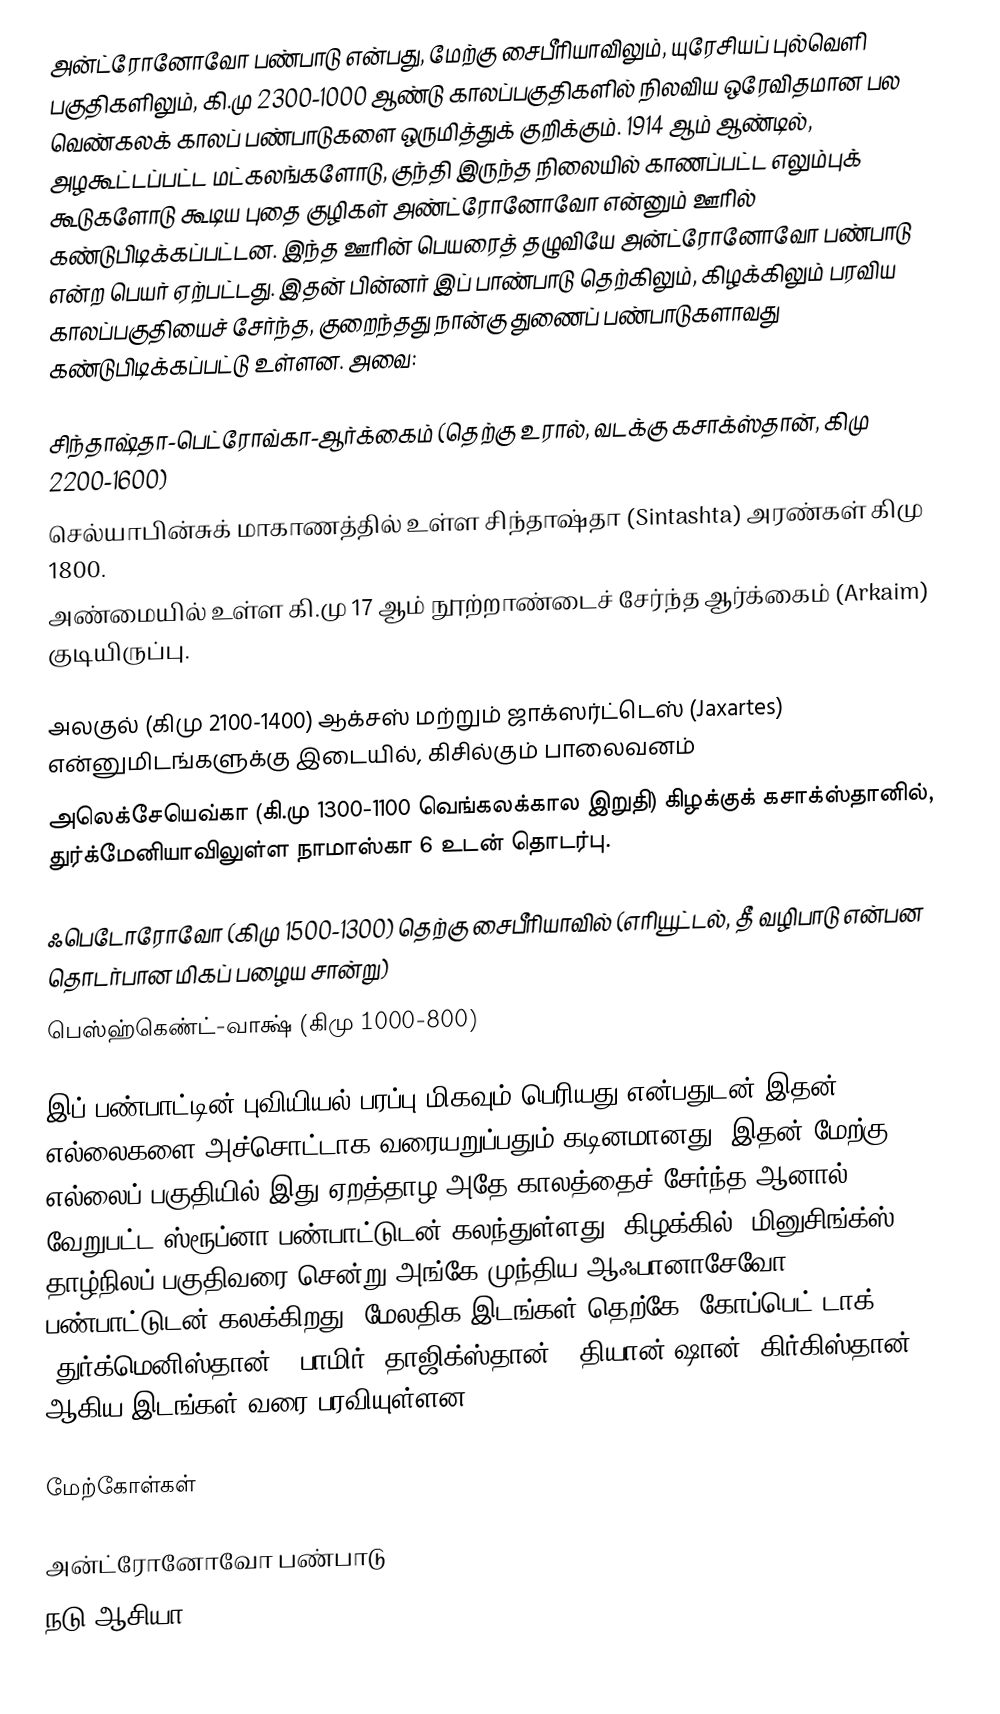
அன்ட்ரோனோவோ பண்பாடு என்பது, மேற்கு சைபீரியாவிலும், யுரேசியப் புல்வெளி பகுதிகளிலும், கி.மு 2300-1000 ஆண்டு காலப்பகுதிகளில் நிலவிய ஒரேவிதமான பல வெண்கலக் காலப் பண்பாடுகளை ஒருமித்துக் குறிக்கும். 1914 ஆம் ஆண்டில், அழகூட்டப்பட்ட மட்கலங்களோடு, குந்தி இருந்த நிலையில் காணப்பட்ட எலும்புக் கூடுகளோடு கூடிய புதை குழிகள் அண்ட்ரோனோவோ  என்னும் ஊரில் கண்டுபிடிக்கப்பட்டன. இந்த ஊரின் பெயரைத் தழுவியே அன்ட்ரோனோவோ பண்பாடு என்ற பெயர் ஏற்பட்டது.  இதன் பின்னர் இப் பாண்பாடு தெற்கிலும், கிழக்கிலும் பரவிய காலப்பகுதியைச் சேர்ந்த, குறைந்தது நான்கு துணைப் பண்பாடுகளாவது கண்டுபிடிக்கப்பட்டு உள்ளன. அவை:

 சிந்தாஷ்தா-பெட்ரோவ்கா-ஆர்க்கைம் (தெற்கு உரால், வடக்கு கசாக்ஸ்தான், கிமு 2200-1600)
 செல்யாபின்சுக் மாகாணத்தில் உள்ள சிந்தாஷ்தா (Sintashta) அரண்கள் கிமு 1800.
 அண்மையில் உள்ள கி.மு 17 ஆம் நூற்றாண்டைச் சேர்ந்த ஆர்க்கைம் (Arkaim) குடியிருப்பு.

 அலகுல் (கிமு 2100-1400) ஆக்சஸ் மற்றும் ஜாக்ஸர்ட்டெஸ் (Jaxartes) என்னுமிடங்களுக்கு இடையில், கிசில்கும் பாலைவனம்
 அலெக்சேயெவ்கா (கி.மு 1300-1100 வெங்கலக்கால இறுதி) கிழக்குக் கசாக்ஸ்தானில், துர்க்மேனியாவிலுள்ள நாமாஸ்கா 6 உடன் தொடர்பு.

 ஃபெடோரோவோ (கிமு 1500-1300) தெற்கு சைபீரியாவில் (எரியூட்டல், தீ வழிபாடு என்பன தொடர்பான மிகப் பழைய சான்று)
 பெஸ்ஹ்கெண்ட்-வாக்ஷ் (கிமு 1000-800)

இப் பண்பாட்டின் புவியியல் பரப்பு மிகவும் பெரியது என்பதுடன் இதன் எல்லைகளை அச்சொட்டாக வரையறுப்பதும் கடினமானது. இதன் மேற்கு எல்லைப் பகுதியில் இது ஏறத்தாழ அதே காலத்தைச் சேர்ந்த ஆனால் வேறுபட்ட ஸ்ரூப்னா பண்பாட்டுடன் கலந்துள்ளது. கிழக்கில், மினுசிங்க்ஸ் தாழ்நிலப் பகுதிவரை சென்று அங்கே முந்திய ஆஃபானாசேவோ பண்பாட்டுடன் கலக்கிறது. மேலதிக இடங்கள் தெற்கே, கோப்பெட் டாக் (துர்க்மெனிஸ்தான்), பாமிர் (தாஜிக்ஸ்தான்), தியான் ஷான் (கிர்கிஸ்தான்) ஆகிய இடங்கள் வரை பரவியுள்ளன.

மேற்கோள்கள்

அன்ட்ரோனோவோ பண்பாடு
 நடு ஆசியா